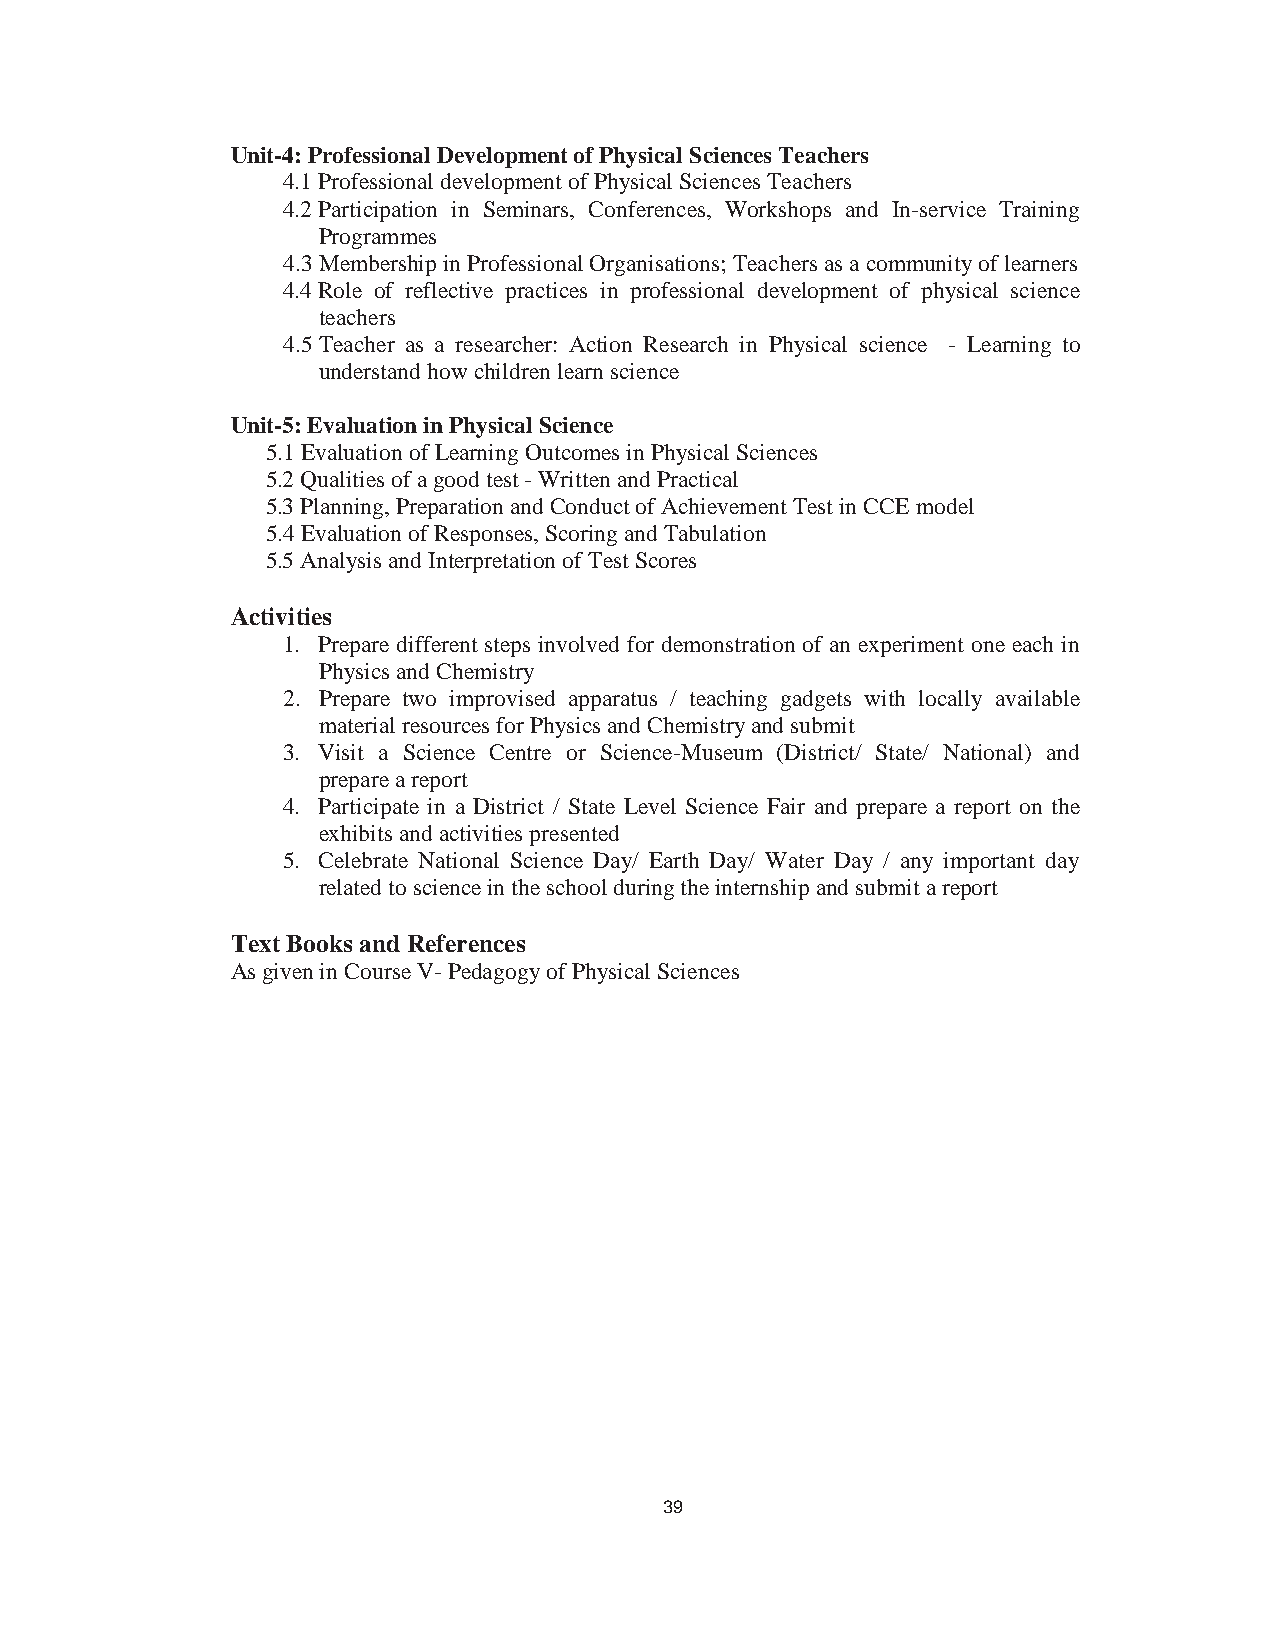
45
 Unit-4: Professional Development of Physical Sciences Teachers
 4.1Professional development of Physical Sciences Teachers
 4.2Participation in Seminars, Conferences, Workshops and In-service Training
 Programmes
 4.3Membership in Professional Organisations; Teachers as a community of learners
 4.4Role of reflective practices in professional development of physical science
 teachers
 4.5Teacher as a researcher: Action Research in Physical science - Learning to
 understand how children learn science
 Unit-5: Evaluation in Physical Science
 5.1Evaluation of Learning Outcomes in Physical Sciences
 5.2Qualities of a good test - Written and Practical
 5.3Planning, Preparation and Conduct of Achievement Test in CCE model
 5.4Evaluation of Responses, Scoring and Tabulation
 5.5Analysis and Interpretation of Test Scores
 Activities
 1. Prepare different steps involved for demonstration of an experiment one each in
 Physics and Chemistry
 2. Prepare two improvised apparatus / teaching gadgets with locally available
 material resources for Physics and Chemistry and submit
 3. Visit a Science Centre or Science-Museum (District/ State/ National) and
 prepare a report
 4. Participate in a District / State Level Science Fair and prepare a report on the
 exhibits and activities presented
 5. Celebrate National Science Day/ Earth Day/ Water Day / any important day
 related to science in the school during the internship and submit a report
 Text Books and References
 As given in Course V- Pedagogy of Physical Sciences
 39